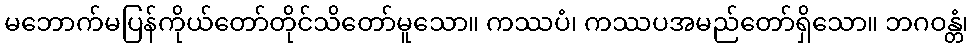
မဘောက်မပြန်ကိုယ်တော်တိုင်သိတော်မူသော။ ကဿပံ၊ ကဿပအမည်တော်ရှိသော။ ဘဂဝန္တံ၊